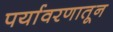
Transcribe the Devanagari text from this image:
पर्यावरणातून